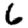
Digit: 6